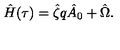
\hat { H } ( \tau ) = \hat { \zeta } q \hat { A } _ { 0 } + \hat { \Omega } .